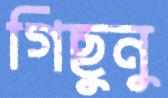
গিছুনু